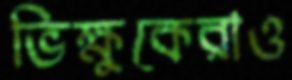
ভিক্ষুকেরাও